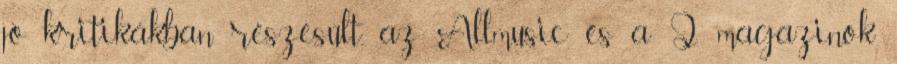
jó kritikákban részesült, az Allmusic és a Q magazinok